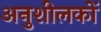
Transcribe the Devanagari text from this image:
अनुशीलकों